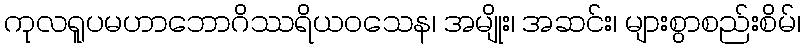
ကုလရူပမဟာဘောဂိဿရိယဝသေန၊ အမျိုး၊ အဆင်း၊ များစွာစည်းစိမ်၊